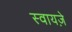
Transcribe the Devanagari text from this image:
स्वायज़े